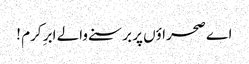
اے صحراؤں پر برسنے والے ابرِ کرم !